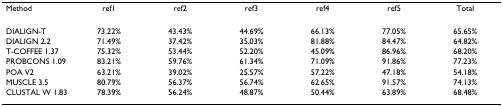
<table><thead><tr><td><b>Method</b></td><td><b>ref1</b></td><td><b>ref2</b></td><td><b>ref3</b></td><td><b>ref4</b></td><td><b>ref5</b></td><td><b>Total</b></td></tr></thead><tbody><tr><td>DIALIGN-T</td><td>73.22%</td><td>43.43%</td><td>44.69%</td><td>66.13%</td><td>77.05%</td><td>65.65%</td></tr><tr><td>DIALIGN 2.2</td><td>71.49%</td><td>37.42%</td><td>35.03%</td><td>81.88%</td><td>84.47%</td><td>64.82%</td></tr><tr><td>T-COFFEE 1.37</td><td>75.32%</td><td>53.44%</td><td>52.20%</td><td>45.09%</td><td>86.96%</td><td>68.20%</td></tr><tr><td>PROBCONS 1.09</td><td>83.21%</td><td>59.76%</td><td>61.34%</td><td>71.09%</td><td>91.86%</td><td>77.23%</td></tr><tr><td>POA V2</td><td>63.21%</td><td>39.02%</td><td>25.57%</td><td>57.22%</td><td>47.18%</td><td>54.18%</td></tr><tr><td>MUSCLE 3.5</td><td>80.79%</td><td>56.37%</td><td>56.74%</td><td>62.65%</td><td>91.57%</td><td>74.13%</td></tr><tr><td>CLUSTAL W 1.83</td><td>78.39%</td><td>56.24%</td><td>48.87%</td><td>50.44%</td><td>63.89%</td><td>68.48%</td></tr></tbody></table>